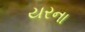
યરના